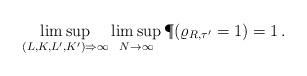
LaTeX: \begin{align*}\limsup_{(L,K,L',K') \Rightarrow \infty} \limsup_{N \rightarrow \infty } \P(\varrho_{R, \tau'} = 1) = 1\,.\end{align*}